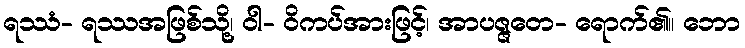
ရဿံ- ရဿအဖြစ်သို့၊ ဝါ- ဝိကပ်အားဖြင့်၊ အာပဇ္ဇတေ- ရောက်၏။ ဘော